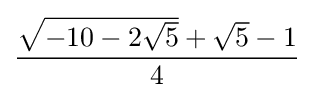
{\frac {{\sqrt {-10-2{\sqrt {5}}}}+{\sqrt {5}}-1}{4}}